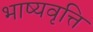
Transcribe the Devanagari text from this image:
भाष्यवृत्ति